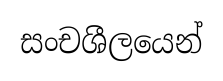
සංචශීලයෙන්